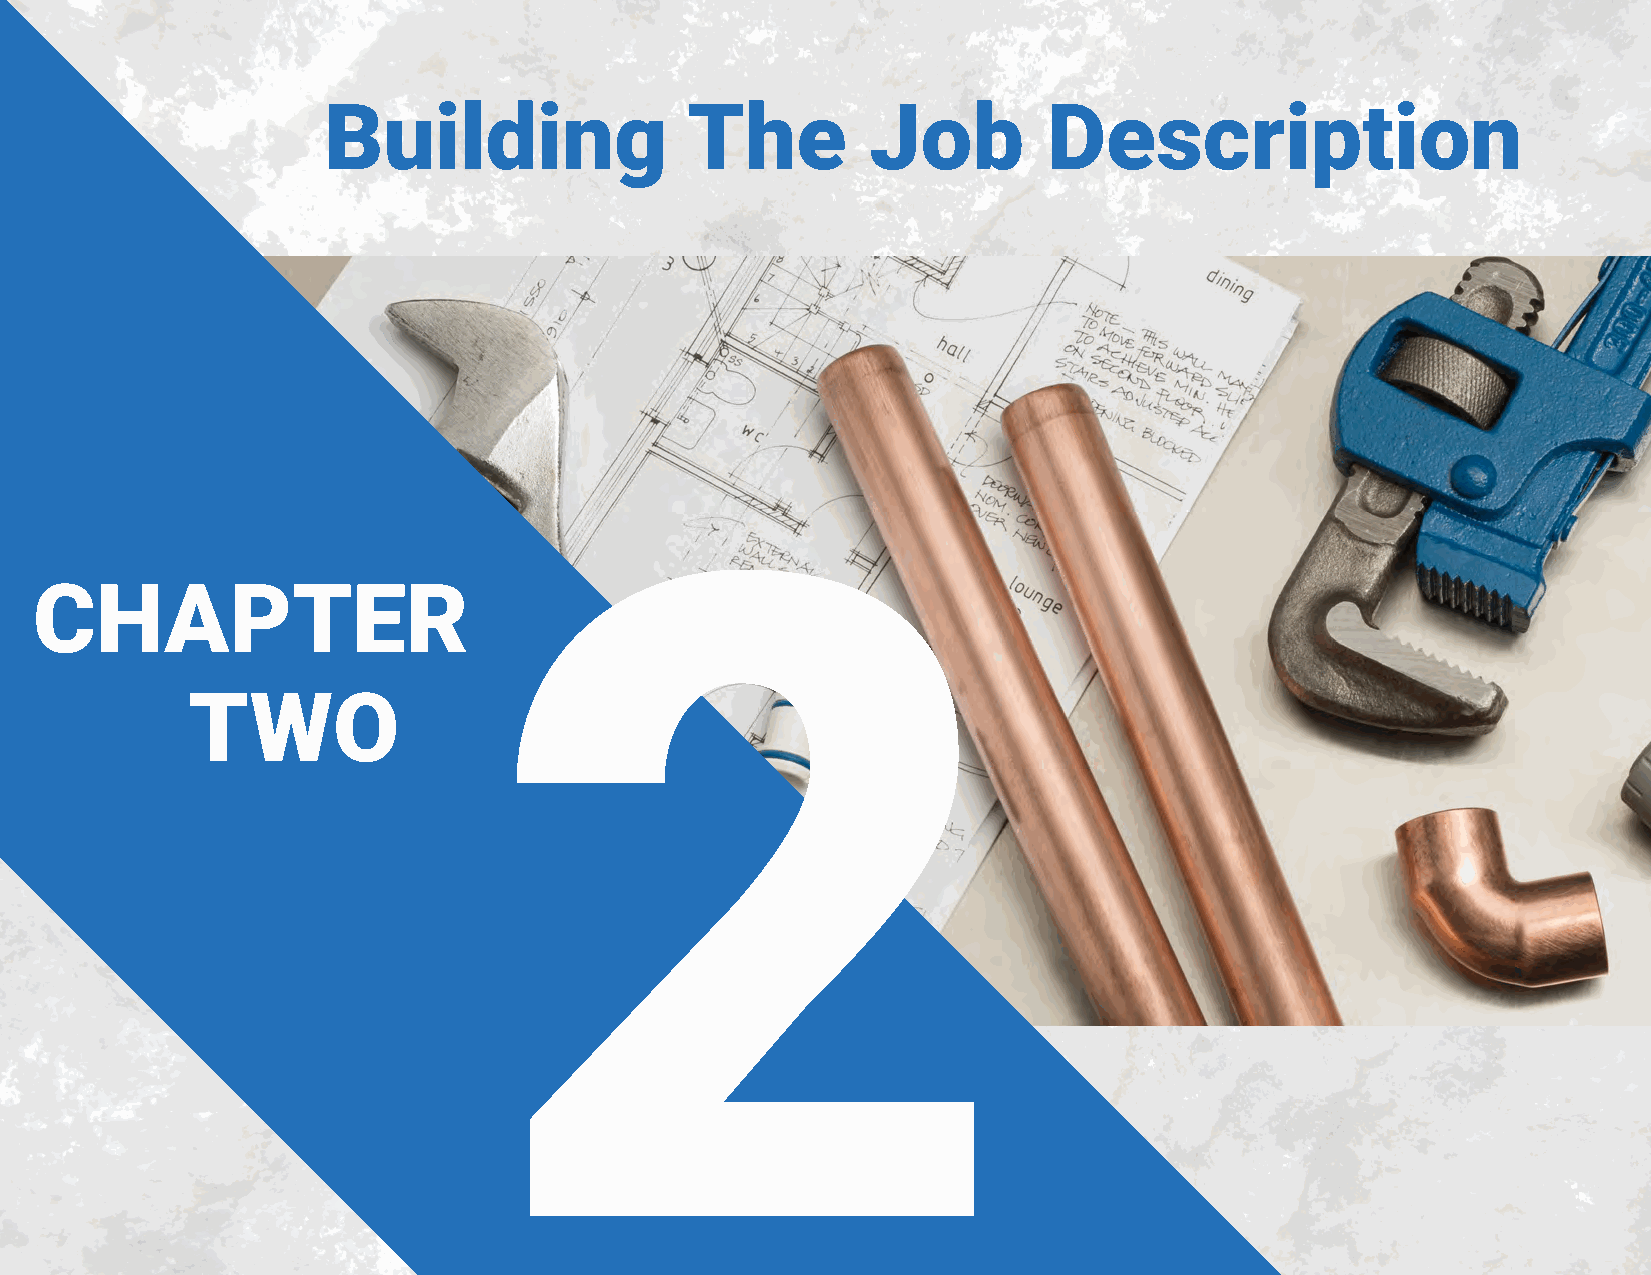
Building                The          Job        Description
 2
 CHAPTER
 TWO